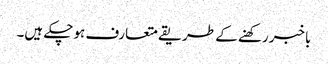
باخبررکھنے کے طریقے متعارف ہوچکے ہیں۔